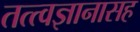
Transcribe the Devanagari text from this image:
तत्त्वज्ञानासह